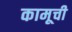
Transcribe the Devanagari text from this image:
कामूची